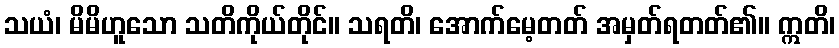
သယံ၊ မိမိဟူသော သတိကိုယ်တိုင်။ သရတိ၊ အောက်မေ့တတ် အမှတ်ရတတ်၏။ ဣတိ၊